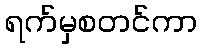
ရက်မှစတင်ကာ